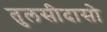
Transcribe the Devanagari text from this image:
तुलसीदासो